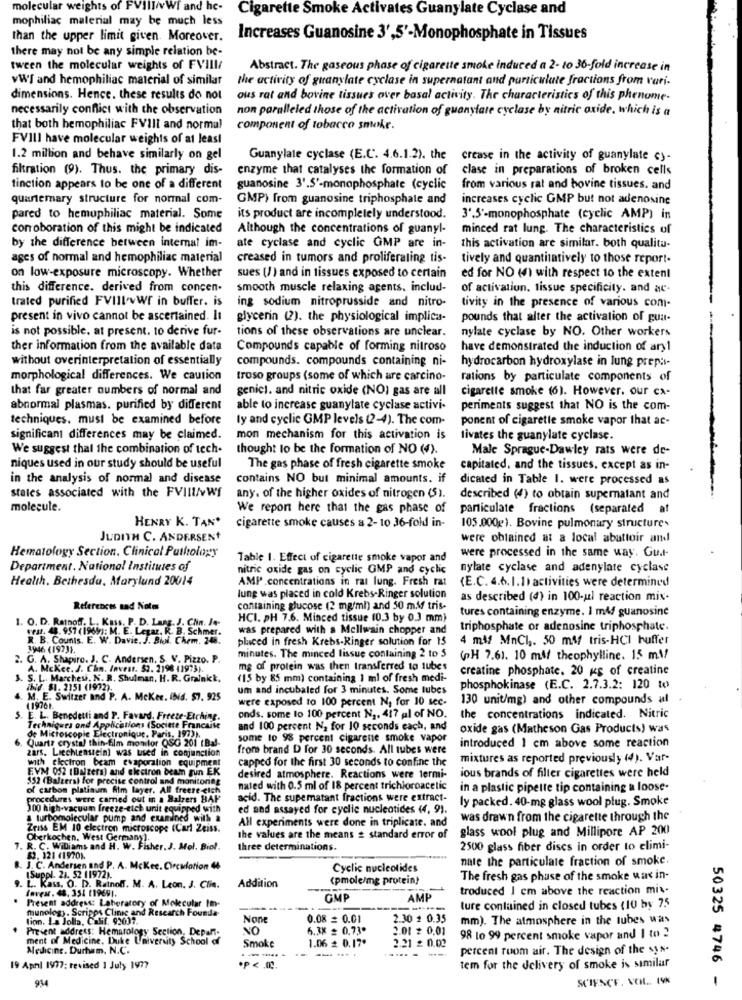
molecular
wWI and he-
Cigarette Smoke Activates Guanylate Cyclase and
mophiliac material may be much less
than the upper limit given. Moreover.
Increases Guanosine 3',5'-Monophosphate in Tissues
there may not be any simple relation be-
tween the molecular weights of FVIII/
Abstract. The gaseous phase of cigarette smoke induced a 2- to 30-fold increase in
vW'S and hemophiliac material of similar
the activity of guanylate cyclase in supernatant and particulate fractions from vari.
dimensions. Hence. these results do not
ous rat and bovine tissues over basal activity. The characteristics of this phenome-
necessarily conflict with the observation
non paralleled those of the activation of guanylate cyclase by nitric oxide, which is a
that both hemophiliac FVIII and normal
component of tobacco smoke.
FVIII have molecular weights of at least
1.2 million and behave similarly on gel
Guanylate cyclase (E.C. 4.6.1.2). the crease in the activity of guanylate cy-
filtration (9). Thus. the primary dis-
enzyme that catalyses the formation of
clase in preparations of broken cells
tinction appears to be one of a different
guanosine 3',5'-monophosphate (cyclic
from various rat and bovine tissues. and
quantemary structure for normal com-
GMP) from guanosine triphosphate and
increases cyclic GMP but not adenosine
pared to hemophiliac material. Some
its product are incompletely understood.
3',5'-monophosphate (cyclic AMP) in
corroboration of this might be indicated
Although the concentrations of guanyl-
minced rat lung. The characteristics of
by the difference between internal im-
ate cyclase and cyclic GMP are in-
this activation are similar. both qualitu-
ages of normal and hemophiliac material
creased in tumors and proliferating tis-
tively and quantitatively to those report.
on low-exposure microscopy. Whether
sues (1) and in tissues exposed to certain
ed for NO () with respect to the extent
this difference. derived from concen.
smooth muscle relaxing agents, includ-
of activation. tissue specificity. and ac-
trated purified FVIII.vWr in buffer. is
ing sodium nitroprusside and nitro-
tivity in the presence of various com-
present in vivo cannot be ascertained. It
glycerin (2). the physiological implica-
pounds that alter the activation of gua-
is not possible. at present. to derive fur-
tions of these observations are unclear.
nylate cyclase by NO. Other workers
ther information from the available data
Compounds capable of forming nitroso
have demonstrated the induction of ary1
without overinterpretation of essentially
compounds. compounds containing ni-
hydrocarbon hydroxylase in lung prepas-
morphological differences. We caution
troso groups (some of which are carcino-
rations by particulate components of
that far greater numbers of normal and
genicl. and nitric oxide (NO) gas are all
cigarette smoke (6). However. our ca-
abnormal plasmas. purified by different
able to increase guanylate cyclase activi-
periments suggest that NO is the com-
techniques. must be examined before
ly and cyclic GMP levels (2-4). The com-
ponent of cigarette smoke vapor that ac-
significant differences may be claimed.
mon mechanism for this activation is
tivates the guanylate cyclase.
We suggest that the combination of tech-
thought to be the formation of NO (4).
Male Sprague-Dawley rats were de-
niques used in our study should be useful
The gas phase of fresh cigarette smoke
capitaled, and the tissues, except as in-
in the analysis of normal and disease
contains NO but minimal amounts. if
dicated in Table 1. were processed as
states associated with the FVIII/vWS
any. of the higher oxides of nitrogen (5).
described (4) to obtain supernatant and
molecule.
We repon here that the gas phase of
particulate fractions (separated
at
HENRY K. TAN®
cigarette smoke causes a 2- 10 36-fold in-
105.000g). Bovine pulmonary structure.
JUDITH C. ANDERSEN+
were obtained at a local abattoir and
Hematology Section. Clinical Pathology
Table 1. Effect of cigarette smoke vapor and
were processed in the same way. Gud-
Department. National Institutes of
nitric oxide gas on cyclic GMP and cyclic
nylate cyclase and adenylate cyclase
Health. Bethesda, Marylund 20014
AMP .concentrations in ral lung. Fresh rat
(E.C. 4.6. 1.1) activities were determined
lung was placed in cold Krebs-Ringer solution
as described (4) in 100-ul reaction mix.
References and Notes
containing glucose (2 mg/ml) and 50 ml tris-
tures containing enzyme. 1 mld guanosine
1. O. D. Ratnoff. L. Kuss, P. D. Lang. J. Chin. Je-
HCI. pH 7.6. Minced tissue (0.3 by 0.3 mm)
wear. 48. 957 (1969): M. E. Legaz. R. B. Schmer.
was prepared with a Mellwain chopper and
triphosphate or adenosine triphosphate.
R. B. Counts. E. W. Davie. J. Bioi. Chem. 248.
placed in fresh Krebs-Ringer solution for 15
4 ml MnCl ,. 50 m& tris-HCI huffer
3946 (19731.
G. A. Shapiro. J. C. Andersen, S. V. Pizzo. P.
minutes. The minced lissue containing 2 to 5
(PH 7.61. 10 ml theophylline. 15 m\!
A. Mckee. J. Chm. Invest. 52. 2198 119731.
mg of protein was then transferred to tubes
creatine phosphate. 20 mg of creatine
.S. L. Marchesi, N. R. Shulman, H. R. Grainick,
(15 by 85 mm) containing 1 ml of fresh medi-
ibd. $1. 2151 (1972).
um and incubaled for 3 minutes. Some tubes
phosphokinase (E.C. 2.7.3.2: 120 to
4. M. E. Switzer and P. A. Mckee, INd. $7. 925
were exposed to 100 percent N, for 10 sec-
130 unit/mg) and other compounds al
(19761.
S. E. L. Benedetti and P. Favard, Freeze-Etching.
onds. some to 100 percent N2. 417 al of NO.
the concentrations indicated. Nitric
Techniques and Applications (Societe Francaise
de Microscopie Electronique, Paris, 197)).
and 100 percent Na for 10 seconds each, and
oxide gas (Matheson Gas Products) was
Quartz crystal thin-film monitor QSG 201 (Bal-
some to 98 percent cigarene smoke vapor
introduced 1 cm above some reaction
zars. Liechtenstein) was used in conjunction
from brand D for 30 seconds. All tubes were
with electron beam evaporation equipment
capped for the first 30 seconds to confine the
mixtures as reported previously (4). Var-
EVM 052 (Balzers) and electron beam gun EK
552 (Balters) for precise control and monitoneg
desired atmosphere. Reactions were termi-
ious brands of filter cigarettes were held
of carbon platinum fim layer. All freeze-cich
nated with 0.5 ml of 18 percent trichloroacetic
in a plastic pipette tip containing a loose.
med out in a Balzers BAP
acid. The supematant fractions were extract-
ly packed. 40-mg glass wool plug. Smoke
100 high-vacuum freeze-eich undt equipped with
ed and assayed for cyclic nucleotides (4, 9).
a turbomolecular pump and examined with &
All experiments were done in triplicate. and
was drawn from the cigarette through the
Zriss EM 10 electron microscope (Carl Zeiss.
glass wool plug and Millipore AP 200
Oberkochen. West Germany).
the values are the means & standard error of
7. R. C. Williams and H. W. Fisher. J. Mel. Biol
three determinations.
2500 glass fiber discs in order to elimi-
62. 121 (1970).
nate the particulate fraction of smoke.
J. C. Andersen and P. A. McKee. Circulation 44
Cyclic nucleotides
Suppl. 24. 52 11972).
Addition
(pmole/mg protein)
The fresh gas phase of the smoke was in-
P. L. Kass. O. D. Rainoff. M. A. Leon. J. Clim.
farear. 48, 351 (19691.
troduced I cm above the reaction mix-
Present address: Laboratory of Molecular Im-
GMP
AMI
munoleg). Scripps Clinic and Research Founda-
ture contained in closed tubes (10 by 75
lion. La Jolla, Calif. 92037.
0.08 = 0.01
2.30 1 0.35
mm). The atmosphere in the tubes was
Present address: Hematology Section, Depant-
NO
6.7X = 0.73.
2.01 # 0,01
ment of Medicine. Duke University School of
1.06 = 0.17.
2.21 £ 0.02
98 to 99 percent smoke vapor and I to 2
Medicine. Durham, N.C.
Smoke
---**
...
percent room air. The design of the sys-
50325 4746
19 April 1977: revised 1 July 1977
tem for the delivery of smoke is similar
934
SCIENCE, VOL. 19%
-